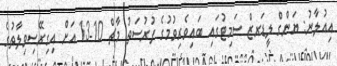
އިއުލާނު: ޔަންގް ލީޑަރޒް ސަމިޓުގައި ބައިވެރިވުމުގެ ފުރުސަތު މާޗް 10-13 އަށް އިގިރޭސިވިލާތުގެ